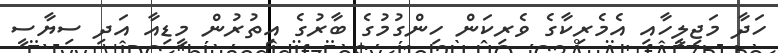
ހަދާ މަޖިލީހާއި އެމެރިކާގެ ވެރިކަން ހިންގުމުގެ ބާރުގެ އިތުރުން މީޑިއާ އަދި ސިޔާސީ